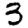
Digit: 3